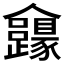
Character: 𠑮